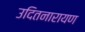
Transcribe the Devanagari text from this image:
उदितनारायण